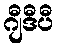
ဂျီဒီပီ